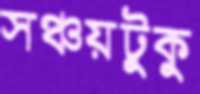
সঞ্চয়টুকু